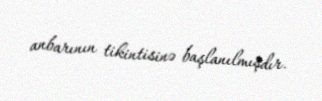
anbarının tikintisinə başlanılmışdır.